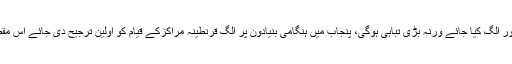
شہباز شریف نے مزید کہا ہے کہ اسپتالوں میں مریضوں کو کورونا کے متاثرین سے فی الفور الگ کیا جائے ورنہ بڑی تباہی ہوگی، پنجاب میں ہنگامی بنیادون پر الگ قرنطینہ مراکزکے قیام کو اولین ترجیح دی جائے اس مقصد کے لئے سرکاری سکول، کالج، ہوٹل، شادی ہال اور مساجد کو استعمال کیا جا سکتا ہے۔